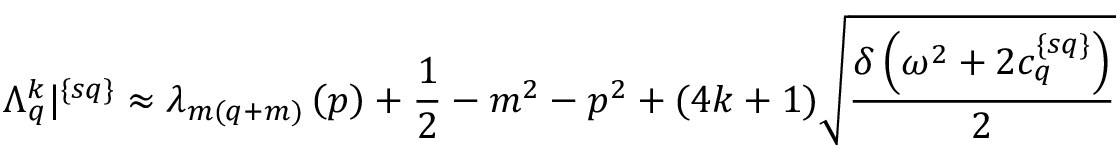
\Lambda _ { q } ^ { k } | ^ { \{ s q \} } \approx \lambda _ { m ( q + m ) } \left( p \right) + \frac { 1 } { 2 } - m ^ { 2 } - p ^ { 2 } + ( 4 k + 1 ) \sqrt { \frac { \delta \left( \omega ^ { 2 } + 2 c _ { q } ^ { \{ s q \} } \right) } { 2 } }